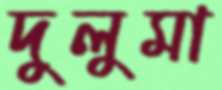
দুলুমা